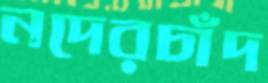
নদেরচাঁদ